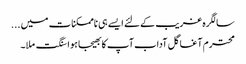
سالگرہ غریب کےلئے ایسے ہی ناممکنات میں ...
محترم آغا گل آداب آپ کا بھیجا ہوا سنگت ملا۔